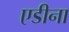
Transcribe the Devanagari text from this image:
एडीना